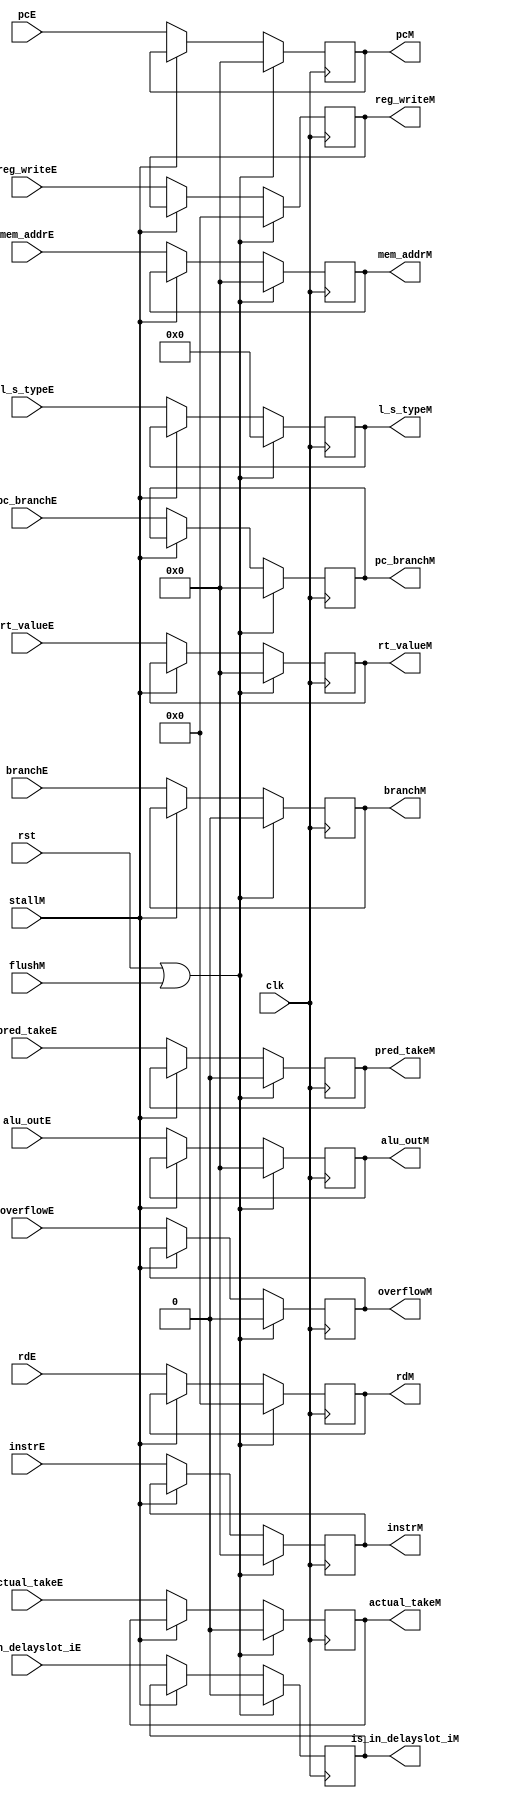
module ex_mem (
    input wire clk, rst,flushM,
    input wire stallM,
    input wire [31:0] pcE,
    input wire [31:0] alu_outE,
    input wire [31:0] rt_valueE,
    input wire [4:0] reg_writeE,
    input wire [31:0] instrE,
    input wire branchE,
    input wire pred_takeE,
    input wire [31:0] pc_branchE,
    input wire overflowE,
    input wire is_in_delayslot_iE,
    input wire [4:0] rdE,
    input wire actual_takeE,
    input wire [7:0] l_s_typeE,
    input wire [31:0] mem_addrE,
    

    output reg [31:0] pcM,
    output reg [31:0] alu_outM,
    output reg [31:0] rt_valueM,
    output reg [4:0] reg_writeM,
    output reg [31:0] instrM,
    output reg branchM,
    output reg pred_takeM,
    output reg [31:0] pc_branchM,
    output reg overflowM,        
    output reg is_in_delayslot_iM,
    output reg [4:0] rdM,
    output reg actual_takeM,
    output reg [7:0] l_s_typeM,
    output reg [31:0] mem_addrM
);
    always @(posedge clk) begin
        if(rst | flushM) begin
            pcM                     <=              0;
            alu_outM                <=              0;
            rt_valueM               <=              0;
            reg_writeM              <=              0;
            instrM                  <=              0;
            branchM                 <=              0;
            pred_takeM              <=              0;
            pc_branchM              <=              0;
            overflowM               <=              0;
            is_in_delayslot_iM      <=              0;
            rdM                     <=              0;
            actual_takeM            <=              0;
            l_s_typeM               <=              0;
            mem_addrM               <=              0;
        end
        else if(~stallM) begin
            pcM                     <=           pcE                ;
            alu_outM                <=           alu_outE           ;
            rt_valueM               <=           rt_valueE          ;
            reg_writeM              <=           reg_writeE         ;
            instrM                  <=           instrE             ;
            branchM                 <=           branchE            ;
            pred_takeM              <=           pred_takeE         ;
            pc_branchM              <=           pc_branchE         ;
            overflowM               <=           overflowE          ;
            is_in_delayslot_iM      <=           is_in_delayslot_iE ;
            rdM                     <=           rdE                ;
            actual_takeM            <=           actual_takeE       ;
            l_s_typeM               <=           l_s_typeE          ;
            mem_addrM               <=           mem_addrE          ;
        end
    end
endmodule